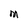
Character: M